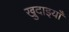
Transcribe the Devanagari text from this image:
खुदाइयाँ